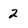
Character: 2